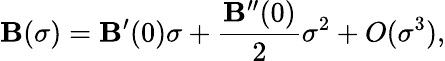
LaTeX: \mathbf{B}(\sigma)=\mathbf{B}^{\prime}(0)\sigma+\frac{{\mathbf{B}^{\prime\prime}(0)}}{{2}}\sigma^{2}+O(\sigma^{3}),